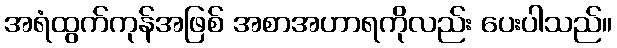
အရံထွက်ကုန်အဖြစ် အစာအဟာရကိုလည်း ပေးပါသည်။